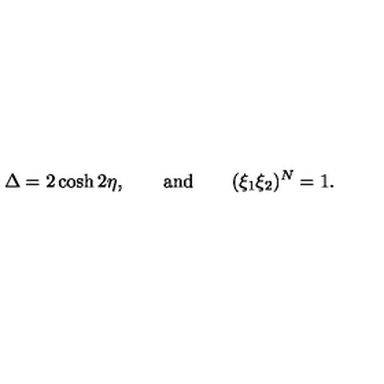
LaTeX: \Delta = 2 \cosh 2 \eta , \qquad \mathrm { a n d } \qquad ( \xi _ { 1 } \xi _ { 2 } ) ^ { N } = 1 .